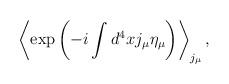
LaTeX: \begin{align*}\left<\exp\left(-i\int d^4xj_\mu\eta_\mu\right)\right>_{j_\mu},\end{align*}